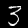
Label: 3